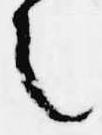
之